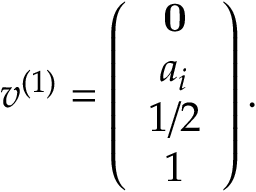
v ^ { ( 1 ) } = \left( \begin{array} { c c c } { { { \bf 0 } } } \\ { { a _ { i } } } \\ { { 1 / 2 } } \\ { { 1 } } \end{array} \right) .